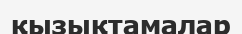
қызықтамалар